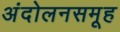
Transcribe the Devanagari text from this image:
अंदोलनसमूह